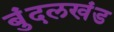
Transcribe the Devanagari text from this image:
बुंदलखंड